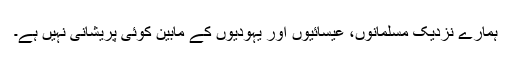
ہمارے نزدیک مسلمانوں، عیسائیوں اور یہودیوں کے مابین کوئى پریشانى نہیں ہے۔